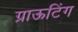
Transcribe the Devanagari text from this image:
ग्राऊटिंग